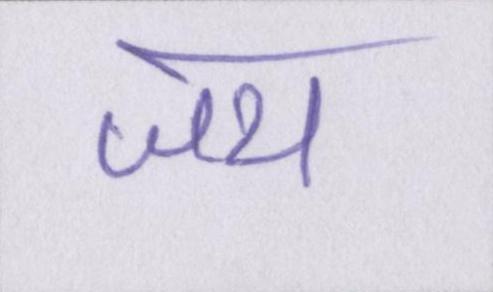
जय